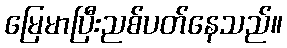
မြေမာပြီးညစ်ပတ်နေသည်။